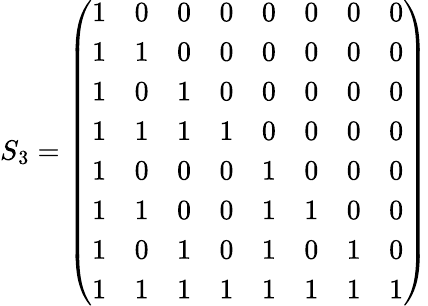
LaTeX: S_{3}={\left(\begin{array}{llllllll}{1}&{0}&{0}&{0}&{0}&{0}&{0}&{0}\\ {1}&{1}&{0}&{0}&{0}&{0}&{0}&{0}\\ {1}&{0}&{1}&{0}&{0}&{0}&{0}&{0}\\ {1}&{1}&{1}&{1}&{0}&{0}&{0}&{0}\\ {1}&{0}&{0}&{0}&{1}&{0}&{0}&{0}\\ {1}&{1}&{0}&{0}&{1}&{1}&{0}&{0}\\ {1}&{0}&{1}&{0}&{1}&{0}&{1}&{0}\\ {1}&{1}&{1}&{1}&{1}&{1}&{1}&{1}\end{array}\right)}